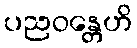
ပညဝန္တေဟိ